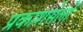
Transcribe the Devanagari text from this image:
प्रकाशसेलों